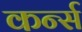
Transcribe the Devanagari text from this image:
कर्न्‍स